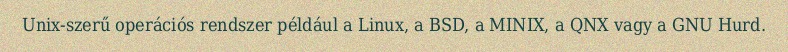
Unix-szerű operációs rendszer például a Linux, a BSD, a MINIX, a QNX vagy a GNU Hurd.